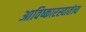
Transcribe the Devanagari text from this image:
आविष्कारस्वातंत्र्य